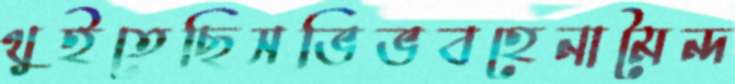
থুইতেছিসভিভবহেনামৈন্দ